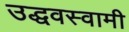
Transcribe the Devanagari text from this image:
उद्धवस्वामी